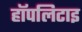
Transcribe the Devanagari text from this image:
हॉपलिटाइ